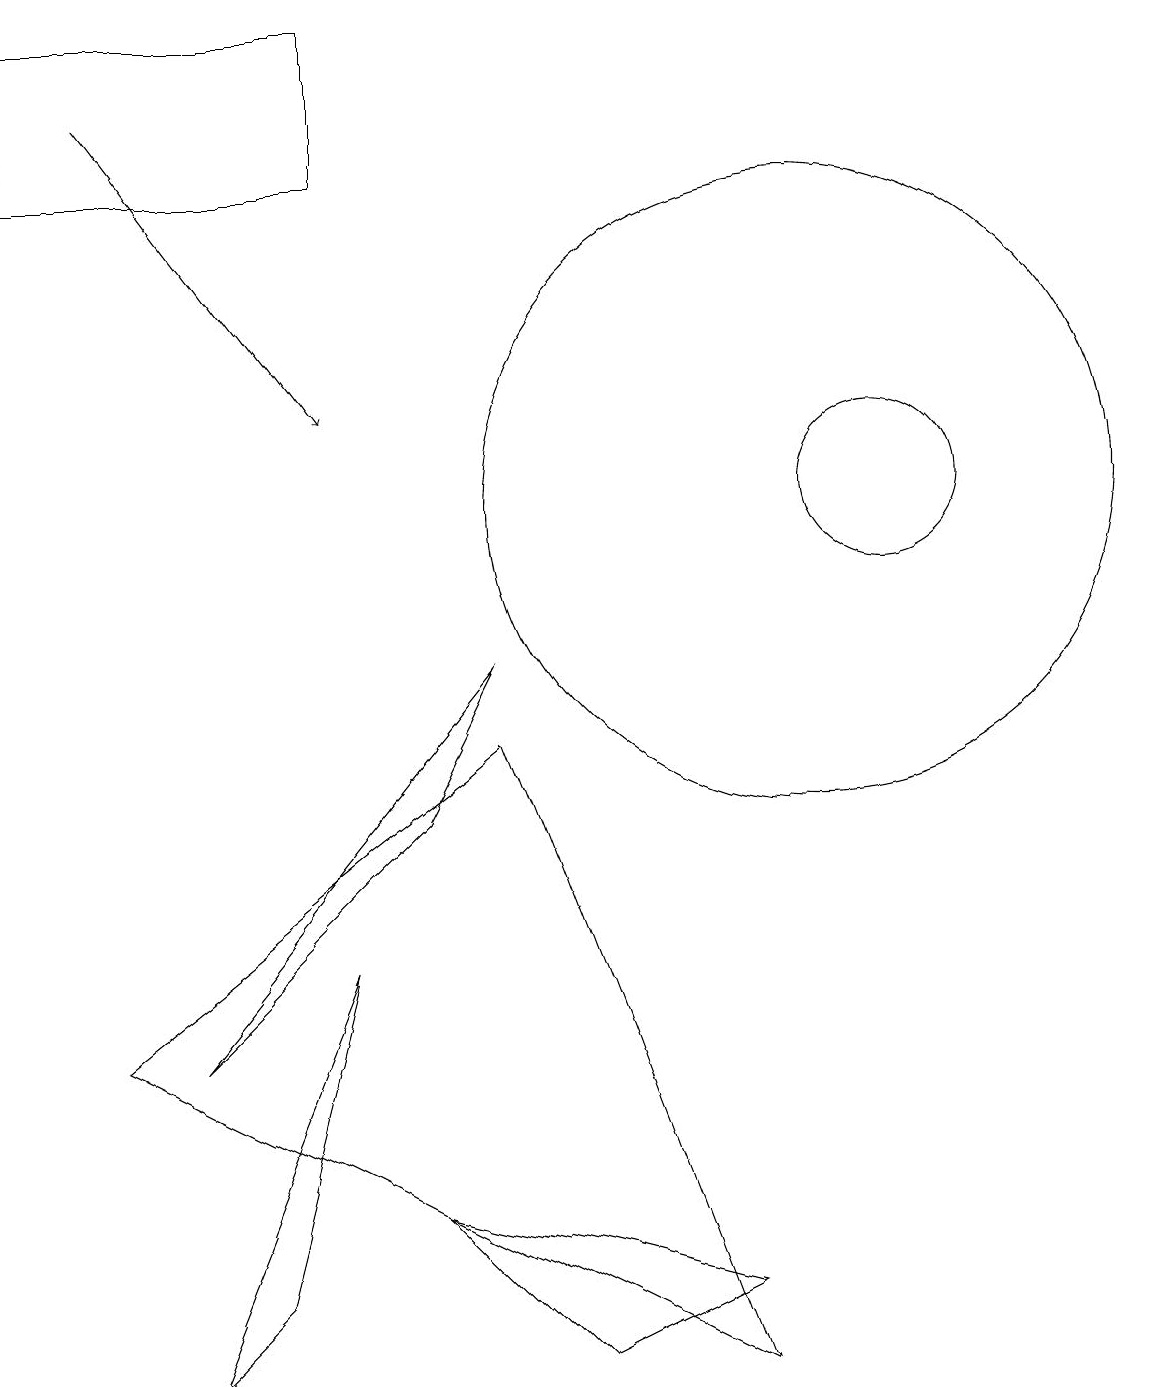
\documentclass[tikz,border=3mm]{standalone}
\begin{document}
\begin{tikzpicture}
\draw (10,11) circle (4);
\draw (9,0) -- (6,8) -- (1,4) -- cycle;
\draw (11,11) circle (1);
\draw[->] (1,16) -- (4,12);
\draw (2,0) -- (3,1) -- (4,5) -- cycle;
\draw (0,15) rectangle (4,17);
\draw (9,1) -- (7,0) -- (5,2) -- cycle;
\draw (5,7) -- (2,4) -- (6,9) -- cycle;
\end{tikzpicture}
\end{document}